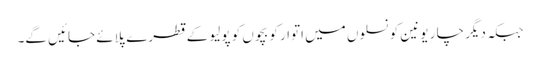
جبکہ دیگر چا ر یونین کونسلوں میں اتوار کو بچوں کو پولیو کے قطرے پلائے جائیں گے۔